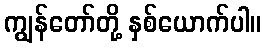
ကျွန်တော်တို့ နှစ်ယောက်ပါ။